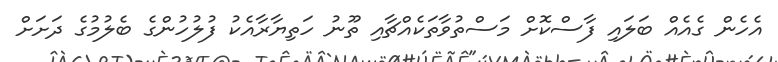
އެހެން ގެއެއް ބަލައި ފާސްކޮށް މަސްތުވާތަކެއްޗާއި ތޫނު ހަތިޔާރާއެކު ފުލުހުންގެ ބެލުމުގެ ދަށަށް